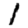
Digit: 1